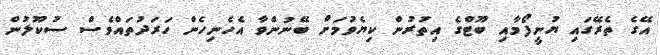
އޭގެ ތެރޭގައި ޔުނީފޯމާއި ބޫޓްގެ އިތުރުން ކިޔެވުމަށް ބޭނުންވާ އެހެނިހެން ހަރަދުތައްވެސް ސުކޫލުން